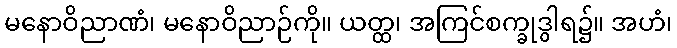
မနောဝိညာဏံ၊ မနောဝိညာဉ်ကို။ ယတ္ထ၊ အကြင်စက္ခုဒွါရ၌။ အဟံ၊